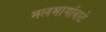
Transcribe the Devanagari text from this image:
मलमार्गावाटे